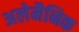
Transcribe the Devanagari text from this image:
अलेमैनिक